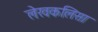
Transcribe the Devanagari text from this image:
लेखकलिसा